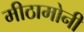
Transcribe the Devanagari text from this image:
मीठामोनी